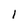
Character: l